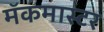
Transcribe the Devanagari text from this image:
मॅकमास्टर